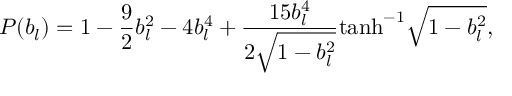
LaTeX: P ( b _ { l } ) = 1 - \frac { 9 } { 2 } b _ { l } ^ { 2 } - 4 b _ { l } ^ { 4 } + \frac { 1 5 b _ { l } ^ { 4 } } { 2 \sqrt { 1 - b _ { l } ^ { 2 } } } \mathrm { t a n h } ^ { - 1 } \sqrt { 1 - b _ { l } ^ { 2 } } ,